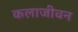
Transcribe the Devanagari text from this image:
कलाजीवन